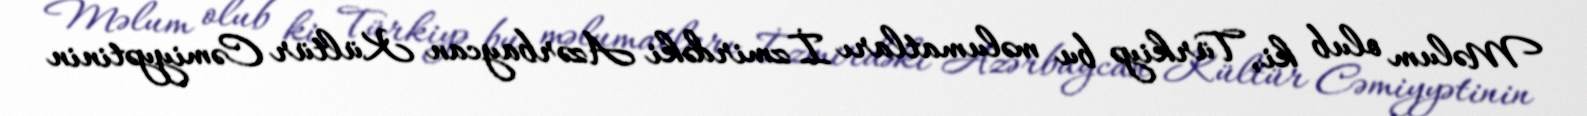
Məlum olub ki, Türkiyə bu məlumatları İzmirdəki Azərbaycan Kültür Cəmiyyətinin